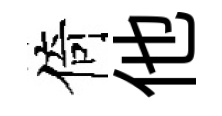
倚他